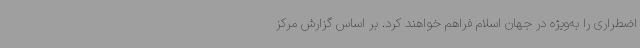
اضطراری را به‌ویژه در جهان اسلام فراهم خواهند کرد. بر اساس گزارش مرکز